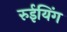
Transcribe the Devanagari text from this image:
रुईयिंग